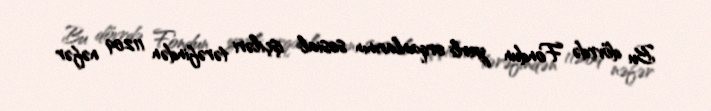
Bu dövrdə Fondun yerli orqanlarının sosial işçiləri tərəfindən 11209 nəfər